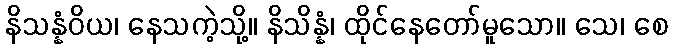
နိသန္နံဝိယ၊ နေသကဲ့သို့။ နိသိန္နံ၊ ထိုင်နေတော်မူသော။ သေ၊ စေ